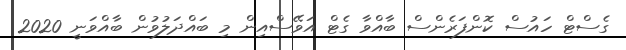
ގެސްޓް ހައުސް ކޮންފަރެންސް ބާއްވާ ގެޓް އަވޭސްއިން މި ބައްދަލުވުން ބާއްވަނީ 2020